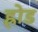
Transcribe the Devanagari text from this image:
ह्रोड